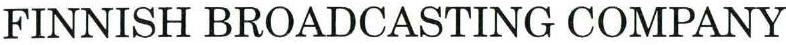
FINNISH BROADCASTING COMPANY